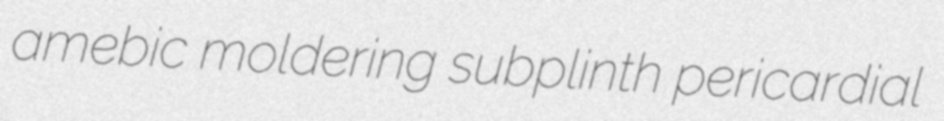
amebic moldering subplinth pericardial